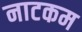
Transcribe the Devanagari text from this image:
नाटकम